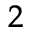
^ 2